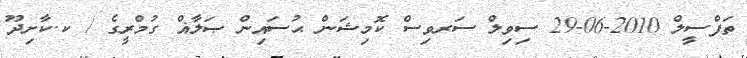
ތަފްސީލް 2010-06-29 ސިވިލް ސަރވިސް ކޮމިޝަން ޙުސައިން ޞަލާޣް ގުމްރީގެ / ކ.ކާށިދޫ